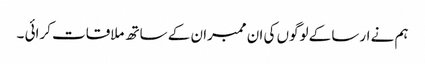
ہم نے ارسا کے لوگوں کی ان ممبران کے ساتھ ملاقات کرائی ۔